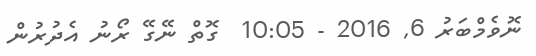
ނޮވެމްބަރު 6